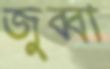
জুব্বা